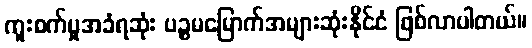
ကူးစက်မှုအခံရဆုံး ပဉ္စမမြောက်အများဆုံးနိုင်ငံ ဖြစ်လာပါတယ်။